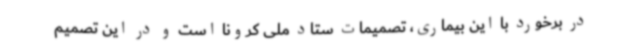
در برخورد با این بیماری، تصمیمات ستاد ملی کرونا است و در این تصمیم